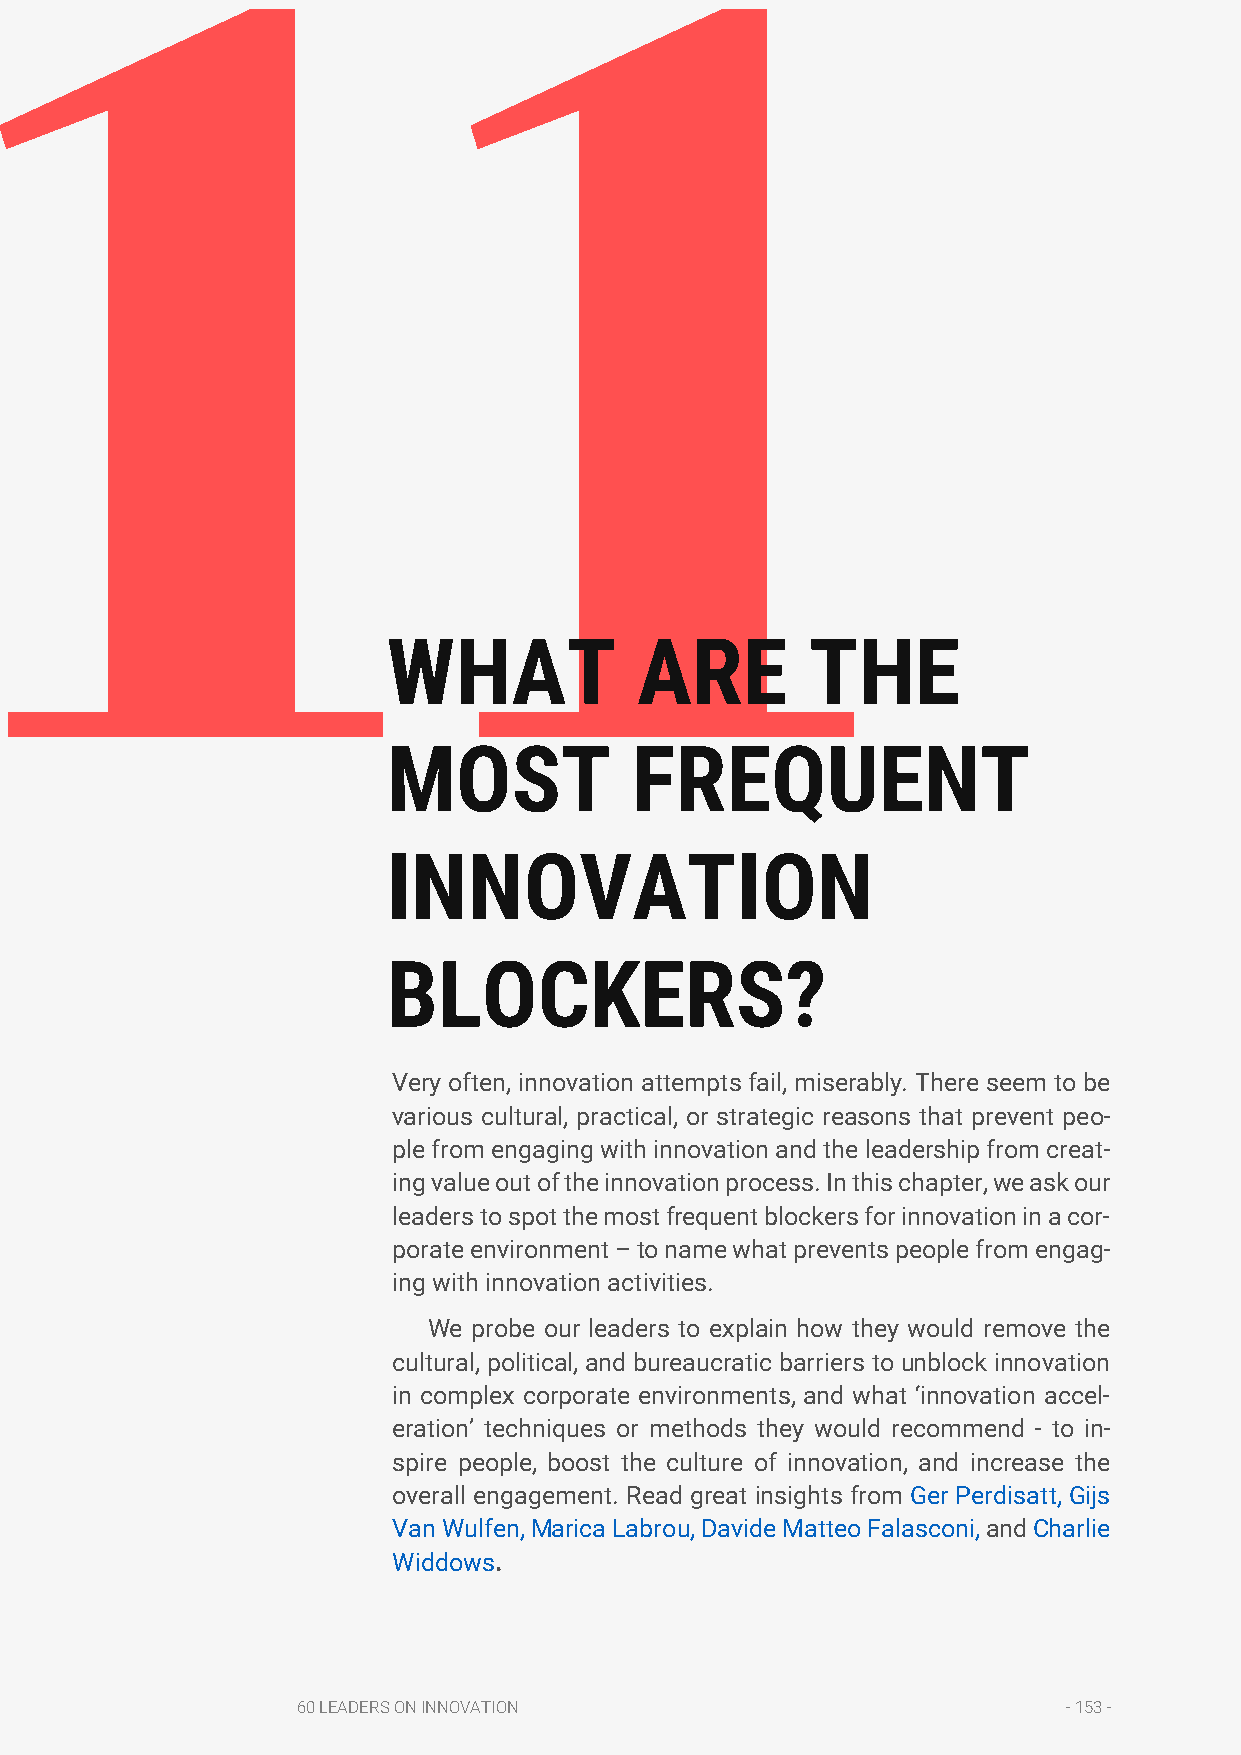
11
 WHAT            ARE         THE
 MOST            FREQUENT
 INNOVATION
 BLOCKERS?
 Very often, innovation attempts fail, miserably. There seem to be
 various cultural, practical, or strategic reasons that prevent peo-
 ple from engaging with innovation and the leadership from creat-
 ing value out of the innovation process. In this chapter, we ask our
 leaders to spot the most frequent blockers for innovation in a cor-
 porate environment – to name what prevents people from engag-
 ing with innovation activities.
 We probe our leaders to explain how they would remove the
 cultural, political, and bureaucratic barriers to unblock innovation
 in complex corporate environments, and what ‘innovation accel-
 eration’ techniques or methods they would recommend - to in-
 spire people, boost the culture of innovation, and increase the
 overall engagement. Read great insights from Ger Perdisatt, Gijs
 Van Wulfen, Marica Labrou, Davide Matteo Falasconi, and Charlie
 Widdows.
 60 LEADERS ON INNOVATION                           - 153 -